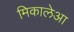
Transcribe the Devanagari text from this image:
मिकालेआ